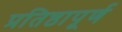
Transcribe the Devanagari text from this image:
प्रतिष्ठापूर्ण